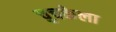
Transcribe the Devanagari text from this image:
चुचकेला